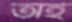
তাহ